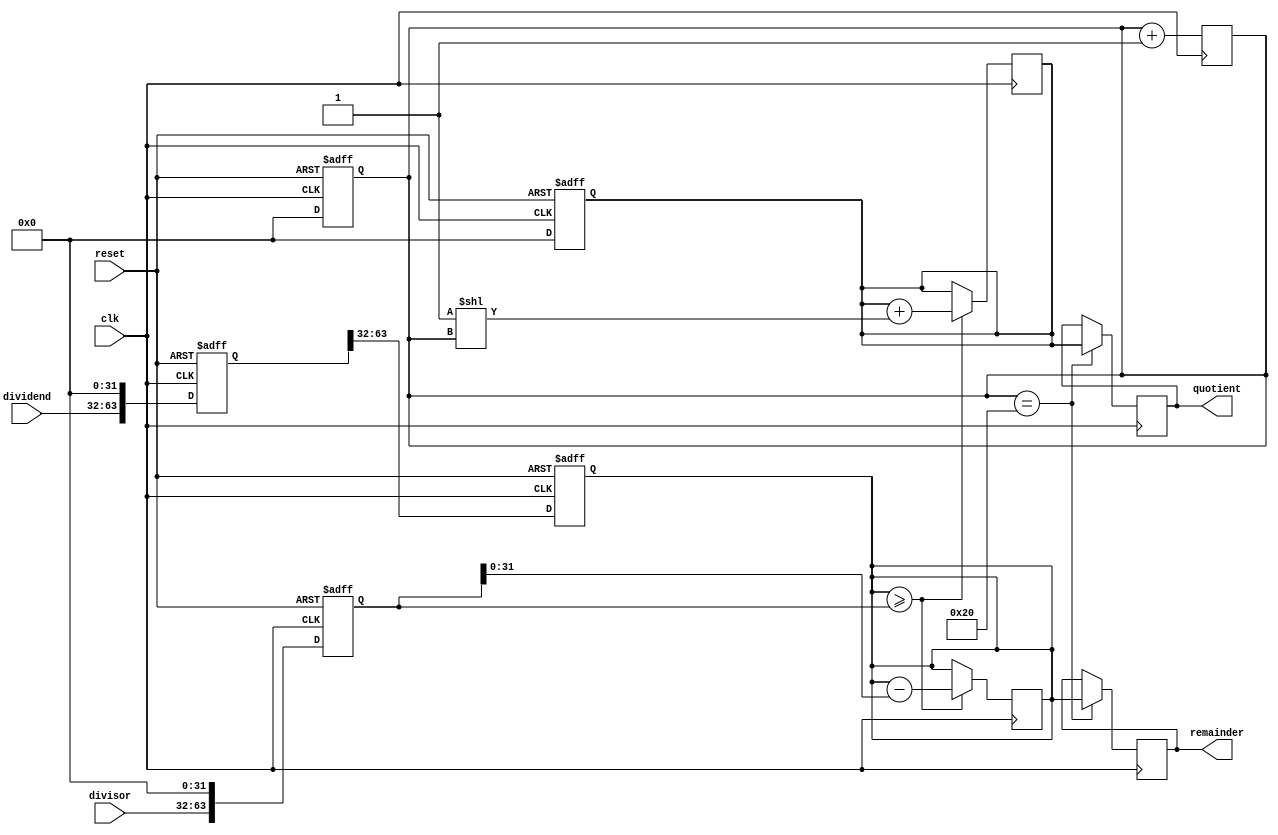
module RestoringDivider (
    input wire clk,
    input wire reset,
    input wire [31:0] dividend,
    input wire [31:0] divisor,
    output reg [31:0] quotient,
    output reg [31:0] remainder
);

reg [63:0] dividend_reg, divisor_reg;
reg [31:0] quotient_reg, remainder_reg;
reg [31:0] count;

always @(posedge clk or posedge reset) begin
    if (reset) begin
        dividend_reg <= 64'b0;
        divisor_reg <= 64'b0;
        quotient_reg <= 32'b0;
        remainder_reg <= 32'b0;
        count <= 0;
    end else begin
        dividend_reg <= {dividend, 32'b0};
        divisor_reg <= {divisor, 32'b0};
        quotient_reg <= 32'b0;
        remainder_reg <= dividend_reg[63:32];
        count <= 0;
    end
end

always @(posedge clk) begin
    if (remainder_reg >= divisor_reg) begin
        remainder_reg <= remainder_reg - divisor_reg;
        quotient_reg <= quotient_reg + (1 << count);
    end
    count <= count + 1;
end

always @(posedge clk) begin
    if (count == 32) begin
        quotient <= quotient_reg;
        remainder <= remainder_reg[31:0];
    end
end

endmodule